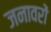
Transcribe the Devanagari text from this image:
जनावरों